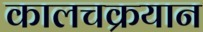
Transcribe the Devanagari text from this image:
कालचक्रयान